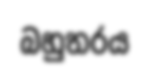
බහුතරය